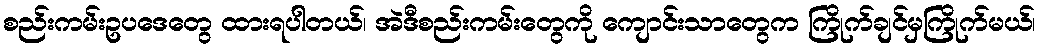
စည်းကမ်းဥပဒေတွေ ထားရပါတယ်၊ အဲဒီစည်းကမ်းတွေကို ကျောင်းသာတွေက ကြိုက်ချင်မှကြိုက်မယ်၊